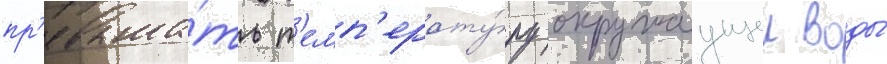
пр'евыша́ть т'емп'ерату́ру окружаущеи воды́